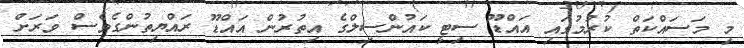
މި މަސައްކަތް ކުރުމުގައި އައްޑޫ ސިޓީ ކައުންސިލްގެ އިތުރުން އައްޑޫ ރައްޔިތުންގެވެސް ވަރަށް